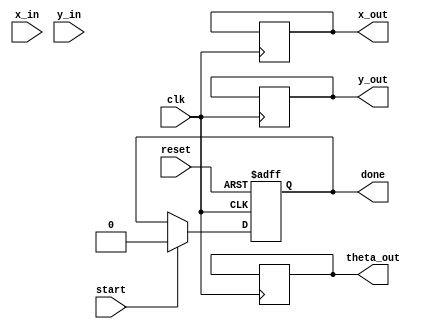
module cordic_vectoring #(
    parameter DATA_WIDTH = 16,
    parameter MAX_ITERATIONS = 16
)(
    input wire clk,
    input wire reset,
    input wire start,
    input wire signed [DATA_WIDTH-1:0] x_in, // X input
    input wire signed [DATA_WIDTH-1:0] y_in, // Y input
    output reg signed [DATA_WIDTH-1:0] x_out, // Final X output
    output reg signed [DATA_WIDTH-1:0] y_out, // Final Y output
    output reg signed [DATA_WIDTH-1:0] theta_out, // Final angle output
    output reg done
);

    reg signed [DATA_WIDTH-1:0] x, y, z;
    reg [3:0] angle_table [0:MAX_ITERATIONS-1];
    reg [3:0] k; // Scaling factor for each iteration
    reg [3:0] iteration_count;

    initial begin
        // Pre-computed arctan values for 16 iterations
        angle_table[0] = 16'h26BD; // atan(2^-0)
        angle_table[1] = 16'h1C71; // atan(2^-1)
        angle_table[2] = 16'h15B1; // atan(2^-2)
        angle_table[3] = 16'h0FA1; // atan(2^-3)
        angle_table[4] = 16'h07A1; // atan(2^-4)
        angle_table[5] = 16'h03D1; // atan(2^-5)
        angle_table[6] = 16'h01F3; // atan(2^-6)
        angle_table[7] = 16'h00FE; // atan(2^-7)
        angle_table[8] = 16'h007F; // atan(2^-8)
        angle_table[9] = 16'h003F; // atan(2^-9)
        angle_table[10] = 16'h001F; // atan(2^-10)
        angle_table[11] = 16'h000F; // atan(2^-11)
        angle_table[12] = 16'h0007; // atan(2^-12)
        angle_table[13] = 16'h0003; // atan(2^-13)
        angle_table[14] = 16'h0001; // atan(2^-14)
        angle_table[15] = 16'h0000; // atan(2^-15)
    end

    always @(posedge clk or posedge reset) begin
        if (reset) begin
            x <= 0;
            y <= 0;
            z <= 0;
            iteration_count <= 0;
            done <= 0;
        end else if (start) begin
            // Initialize values
            x <= x_in;
            y <= y_in;
            z <= 0; // Angle initialization
            iteration_count <= 0;
            done <= 0;
        end else if (!done && iteration_count < MAX_ITERATIONS) begin
            // CORDIC Iteration
            if (y < 0) begin
                // Rotate clockwise
                x <= x + (y >>> iteration_count);
                y <= y + (x >>> iteration_count);
                z <= z - angle_table[iteration_count];
            end else begin
                // Rotate counterclockwise
                x <= x - (y >>> iteration_count);
                y <= y - (x >>> iteration_count);
                z <= z + angle_table[iteration_count];
            end
            iteration_count <= iteration_count + 1;
        end else if (iteration_count == MAX_ITERATIONS) begin
            // Finished processing
            x_out <= x;
            y_out <= y;
            theta_out <= z;
            done <= 1;
        end
    end
endmodule